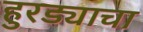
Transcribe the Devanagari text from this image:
हुरड्याचा